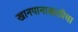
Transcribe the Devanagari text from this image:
खानपानासाठीचा